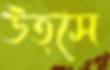
উত্সে